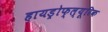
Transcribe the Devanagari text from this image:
हायड्रोफ्ल्यूरिक